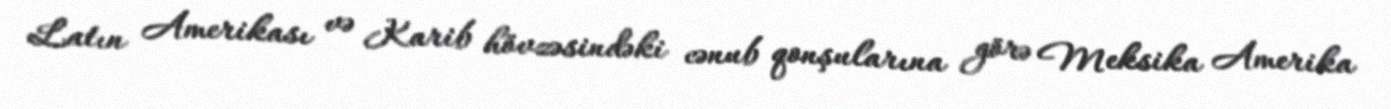
Latın Amerikası və Karib hövzəsindəki cənub qonşularına görə Meksika Amerika